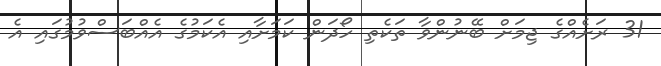
31 ރަށެއްގެ ޖިމަށް ބޭނުންވާ ތަކެތި ހޯދަން ކަމަށާއި އެކަމުގެ އެއްބަސްވުމުގައި އެ